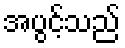
အပွင့်သည်